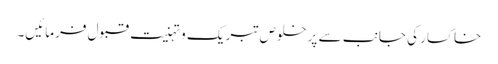
خاکسار کی جانب سے پرخلوص تبریک و تہنیت قبول فرمائیں۔